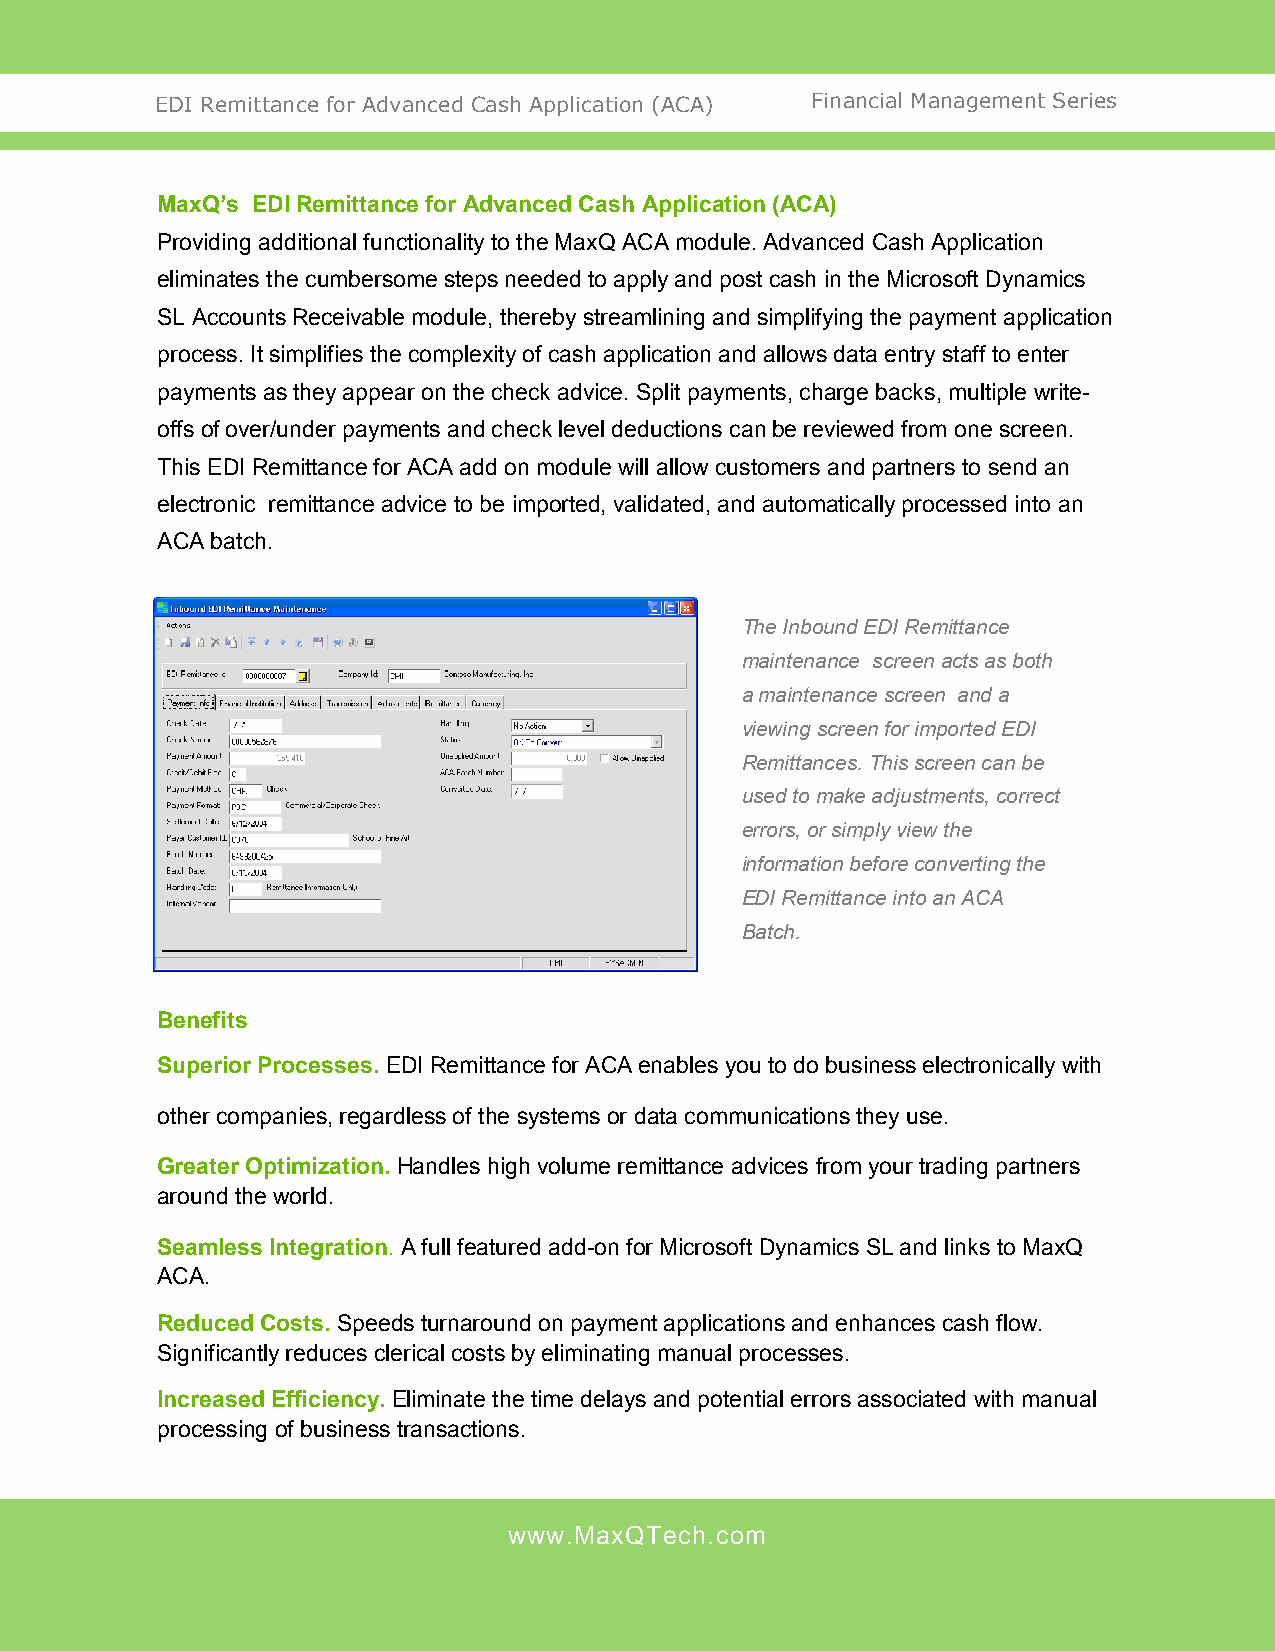
EDI Remittance for Advanced Cash Application (ACA) Financial Management Series
 MaxQ’s EDI Remittance for Advanced Cash Application (ACA)
 Providing additional functionality to the MaxQ ACA module. Advanced Cash Application
 eliminates the cumbersome steps needed to apply and post cash in the Microsoft Dynamics
 SL Accounts Receivable module, thereby streamlining and simplifying the payment application
 process. It simplifies the complexity of cash application and allows data entry staff to enter
 payments as they appear on the check advice. Split payments, charge backs, multiple write-
 offs of over/under payments and check level deductions can be reviewed from one screen.
 This EDI Remittance for ACA add on module will allow customers and partners to send an
 electronic remittance advice to be imported, validated, and automatically processed into an
 ACA batch.
 The Inbound EDI Remittance
 maintenance screen acts as both
 a maintenance screen and a
 viewing screen for imported EDI
 Remittances. This screen can be
 used to make adjustments, correct
 errors, or simply view the
 information before converting the
 EDI Remittance into an ACA
 Batch.
 Benefits
 Superior Processes. EDI Remittance for ACA enables you to do business electronically with
 other companies, regardless of the systems or data communications they use.
 Greater Optimization. Handles high volume remittance advices from your trading partners
 around the world.
 Seamless Integration. A full featured add-on for Microsoft Dynamics SL and links to MaxQ
 ACA.
 Reduced Costs. Speeds turnaround on payment applications and enhances cash flow.
 Significantly reduces clerical costs by eliminating manual processes.
 Increased Efficiency. Eliminate the time delays and potential errors associated with manual
 processing of business transactions.
 www.MaxQTech.com